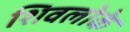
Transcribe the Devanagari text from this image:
शिवलोके